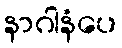
နာဂါနံပေ